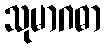
သုမာဂဓာ